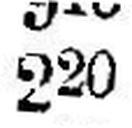
220